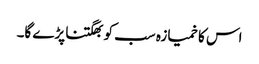
اس کا خمیازہ سب کو بھگتنا پڑے گا۔